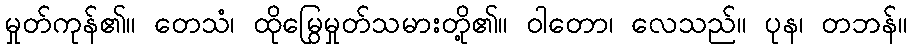
မှုတ်ကုန်၏။ တေသံ၊ ထိုမြွေမှုတ်သမားတို့၏။ ဝါတော၊ လေသည်။ ပုန၊ တဘန်။